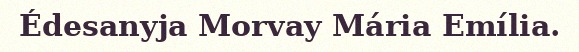
Édesanyja Morvay Mária Emília.